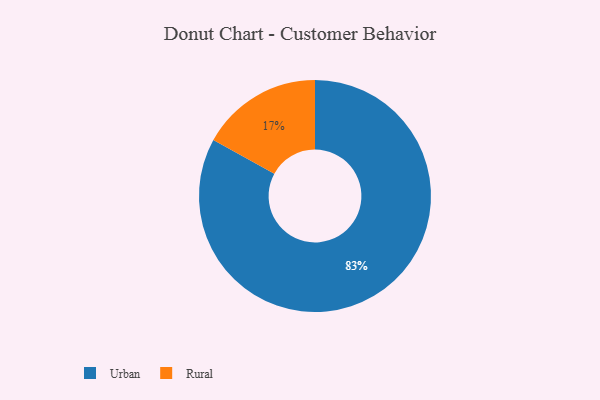
{"axis": {"x": "Category", "y": "Percentage"}, "legend": ["Rural", "Urban"], "data": [{"x": "Urban", "y": 83, "type": "Urban"}, {"x": "Rural", "y": 17, "type": "Rural"}]}